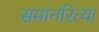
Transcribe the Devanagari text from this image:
समानरित्या